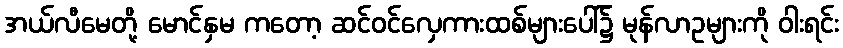
အယ်လီမေတို့ မောင်နှမ ကတော့ ဆင်ဝင်လှေကားထစ်များပေါ်၌ မုန်လာဥများကို ဝါးရင်း